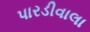
પારડીવાલા